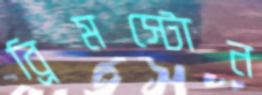
ব্রিমস্টোন